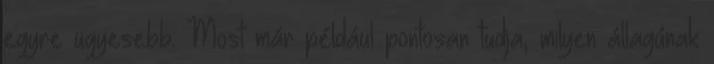
egyre ügyesebb. Most már például pontosan tudja, milyen állagúnak